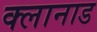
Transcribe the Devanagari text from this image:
क्लानाड